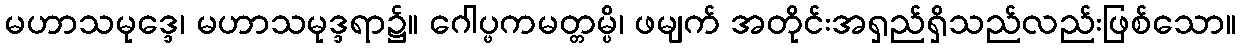
မဟာသမုဒ္ဒေ၊ မဟာသမုဒ္ဒရာ၌။ ဂေါပ္ဖကမတ္တမ္ပိ၊ ဖမျက် အတိုင်းအရှည်ရှိသည်လည်းဖြစ်သော။